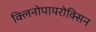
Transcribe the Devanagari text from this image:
क्लिनोपायरोक्सिन